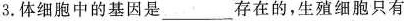
3.体细胞中的基因是___存在的，生殖细胞只有